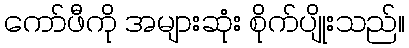
ကော်ဖီကို အများဆုံး စိုက်ပျိုးသည်။